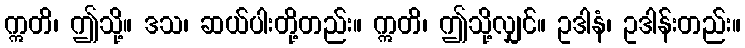
ဣတိ၊ ဤသို့။ ဒသ၊ ဆယ်ပါးတို့တည်း။ ဣတိ၊ ဤသို့လျှင်။ ဥဒါနံ၊ ဥဒါန်းတည်း။